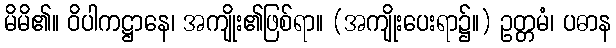
မိမိ၏။ ဝိပါကဋ္ဌာနေ၊ အကျိုး၏ဖြစ်ရာ။ (အကျိုးပေးရာ၌။) ဥတ္တမံ၊ ပဓာန